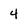
Character: 4